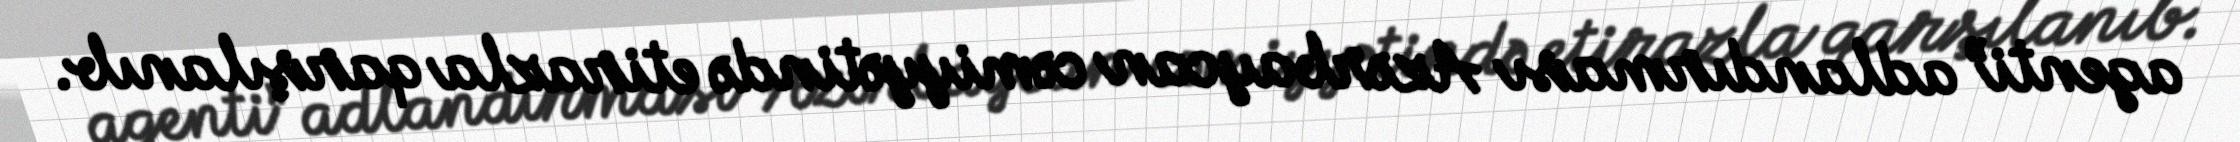
agenti” adlandırması Azərbaycan cəmiyyətində etirazla qarşılanıb.